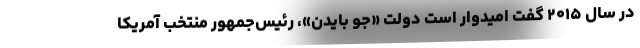
در سال ۲۰۱۵ گفت امیدوار است دولت «جو بایدن»، رئیس‌جمهور منتخب آمریکا